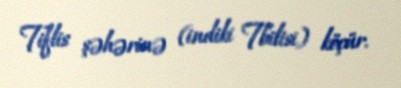
Tiflis şəhərinə (indiki Tbilisi) köçür.